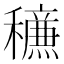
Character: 𥣹